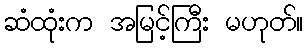
ဆံထုံးက အမြင့်ကြီး မဟုတ်။